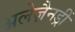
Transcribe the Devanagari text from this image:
अलेज़ैनड्रीं